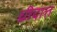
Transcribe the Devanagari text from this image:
ध्रीदात्त